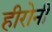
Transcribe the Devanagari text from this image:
हीरोनी